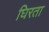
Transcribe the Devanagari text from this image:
घिरता